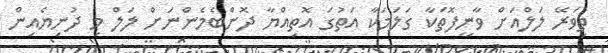
ތިވަރޭ ލަލްއަށް ވާނީފޮތަކާ ގަލަމަކާ އަތުގަ އޮތިއްޔާ ދޮންބެމެންނަށް ލަލް މި ދުނިޔެއިން